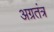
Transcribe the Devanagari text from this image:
अग्रतंत्र